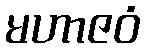
မဟာဇဝံ